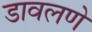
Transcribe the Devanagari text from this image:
डावलणे